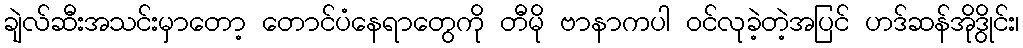
ချဲလ်ဆီးအသင်းမှာတော့ တောင်ပံနေရာတွေကို တီမို ဗာနာကပါ ဝင်လုခဲ့တဲ့အပြင် ဟဒ်ဆန်အိုဒွိုင်း၊